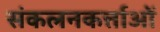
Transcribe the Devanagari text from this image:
संकलनकर्त्ताओं